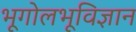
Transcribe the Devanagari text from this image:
भूगोलभूविज्ञान